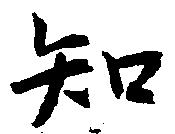
知